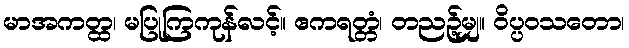
မာအကတ္ထ၊ မပြုကြကုန်လင့်။ ဧကရတ္တံ၊ တညဉ့်မျှ။ ဝိပ္ပဝသတော၊